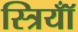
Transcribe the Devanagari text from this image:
स्त्रियॉँ